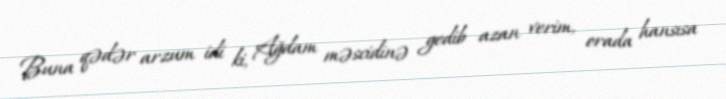
Buna qədər arzum idi ki, Ağdam məscidinə gedib azan verim, orada hansısa